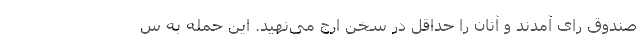
صندوق رای آمدند و آنان را حداقل در سخن ارج می‌نهید. این حمله به س